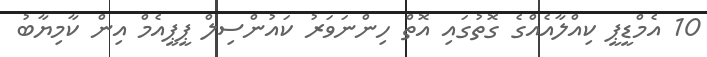
10 އެމްޑީޕީ ކިއްލާއެއްގެ ގޮތުގައި އޮތް ހިންނަވަރު ކައުންސިލް ޕީޕީއެމް އިން ކާމިޔާބު